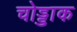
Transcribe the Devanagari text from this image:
चोड्डाक